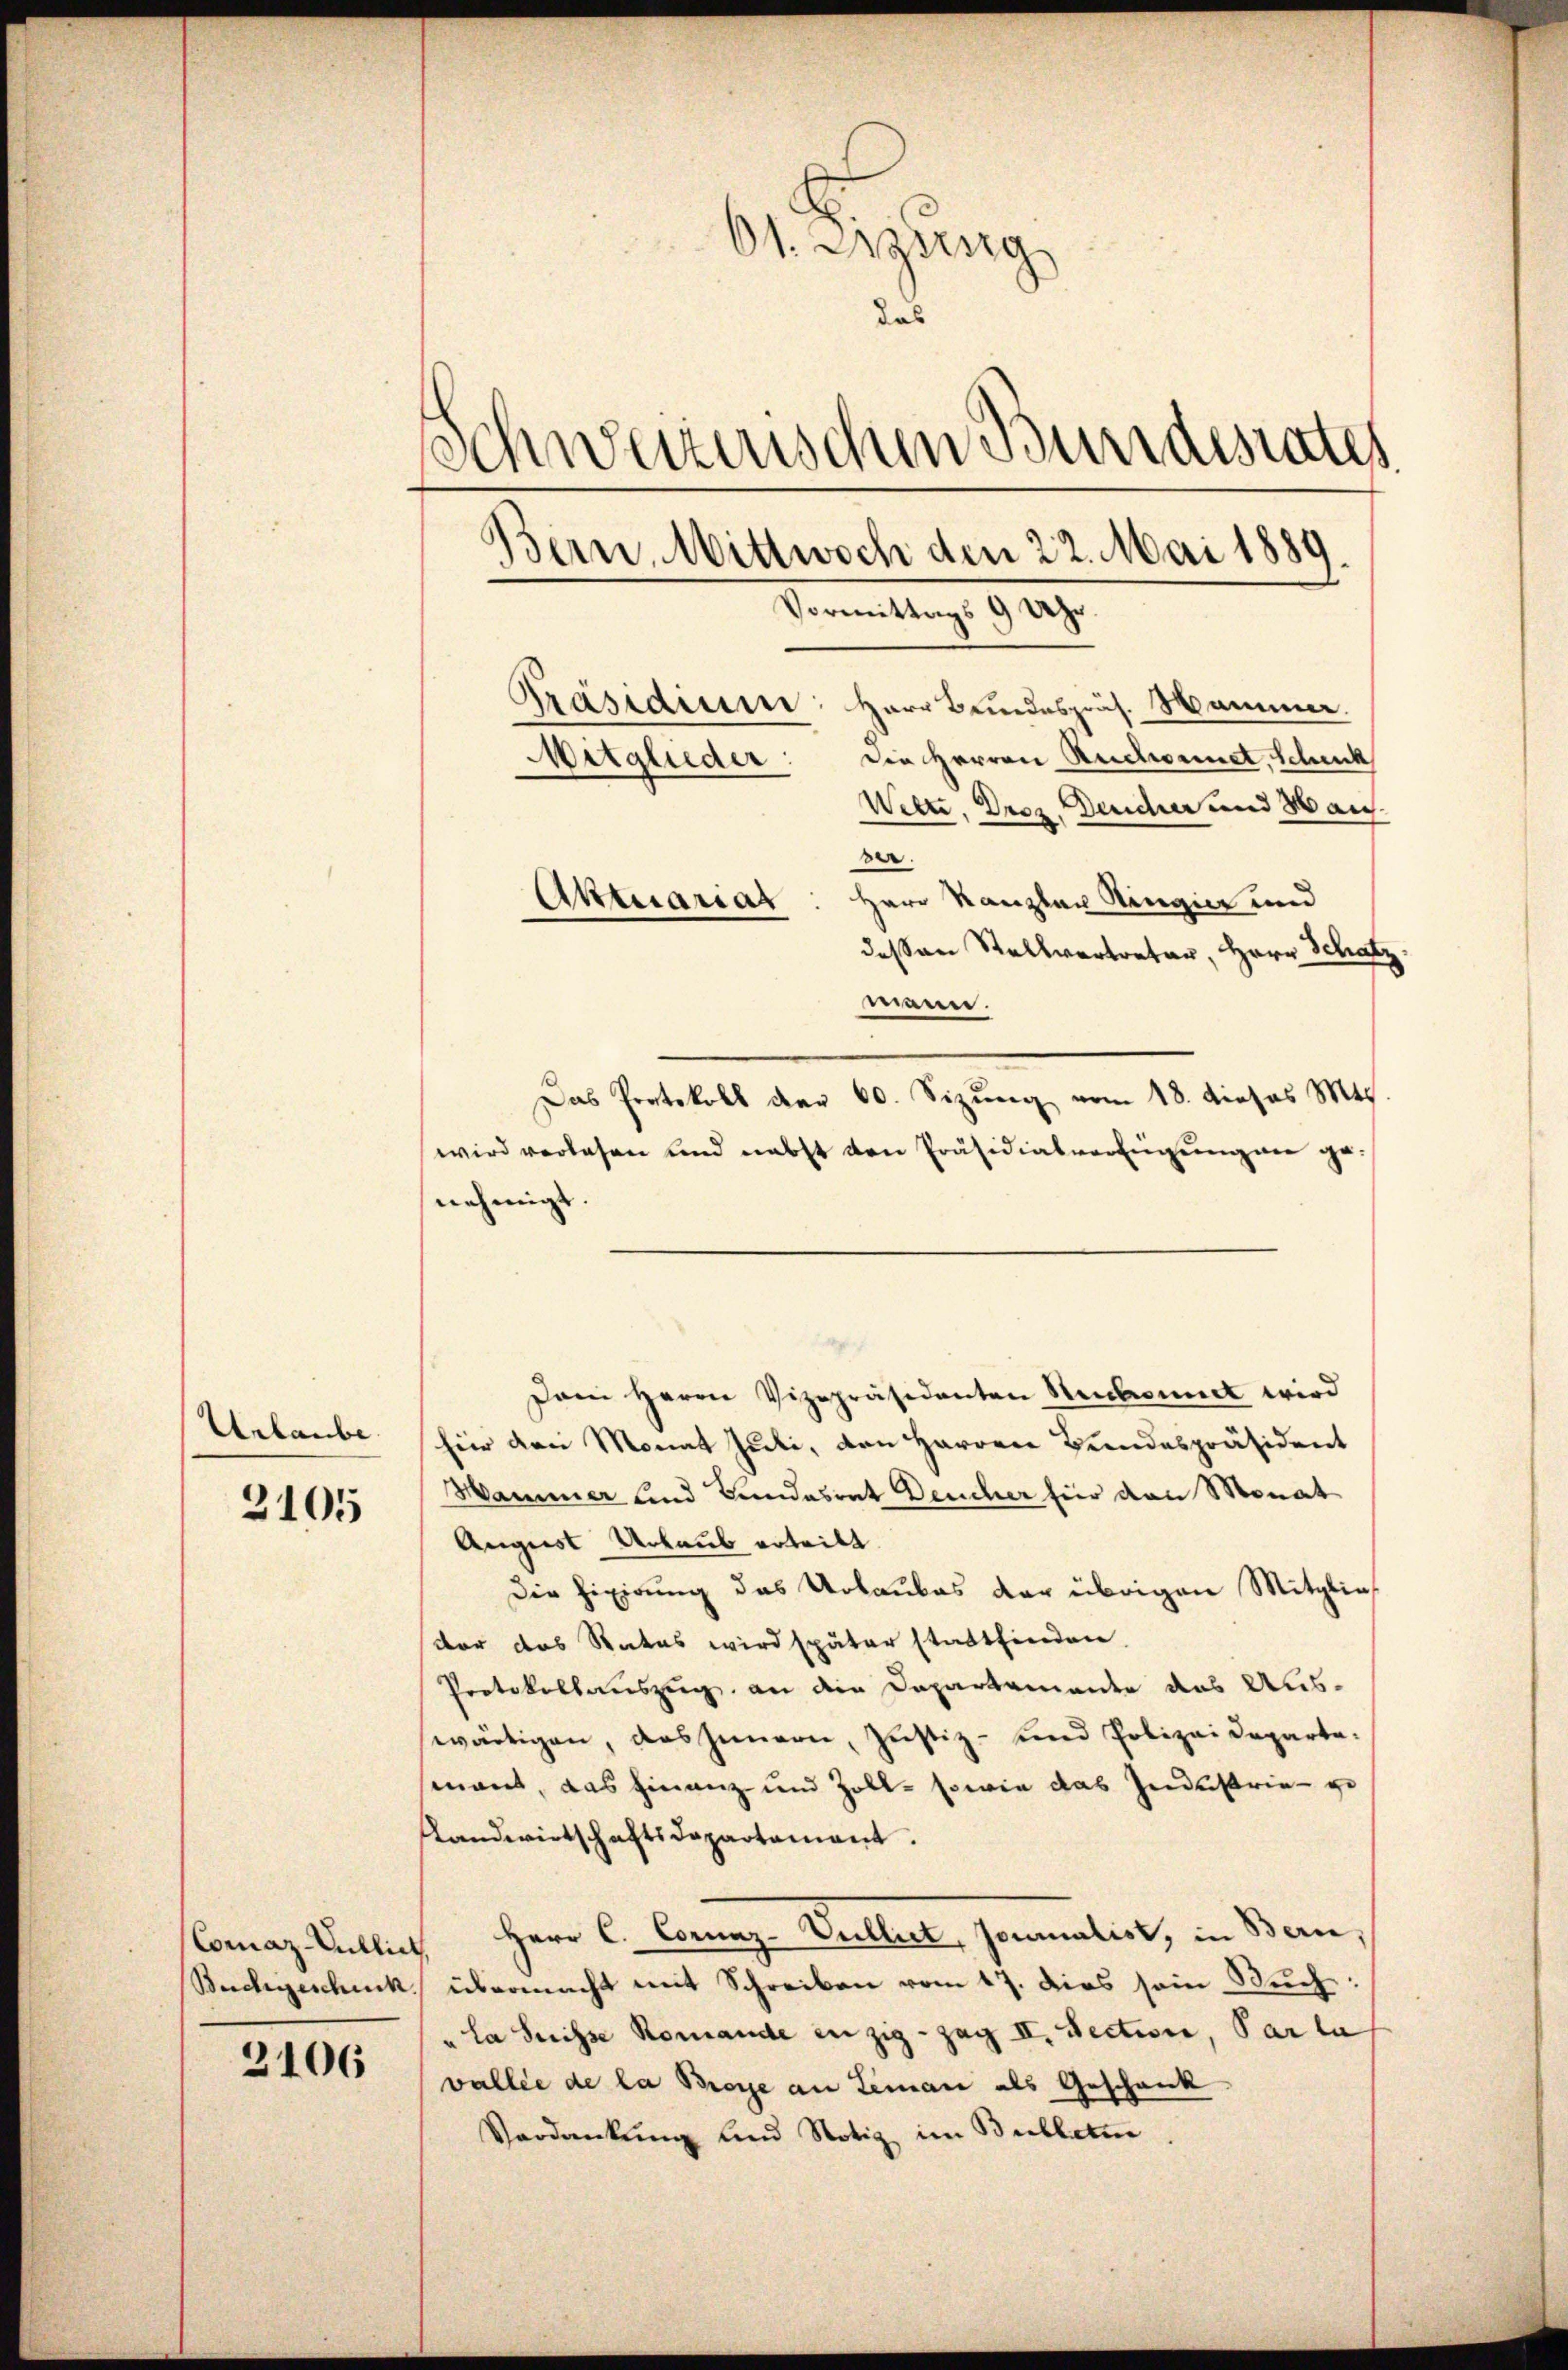
Urlaube.

2105

2106

Ot. Regung
das
Schweizerischen Bundesrates
.
Jern. Wittwoch den 22. Mai 1889.
Vormittags 9 Uhr.

Präsidium: Herr Bundespräs. Mammer.
Die Herren Ruchornet, Schenk
Wette, Droz. Dendier und aus.
ber.
Herr Kanzler Ringier und
dessen Stellvertreter, Herr Schatz
mann.
Das Protokoll der 60. Sizŭng vom 18. dieses M
wird verlesen und nebst von Präsidialvertigung an genehmigt.
Dem Herrn Vizepräsidenten Neubauet wird
hier den Monat Juli, den Herren Bundespräsident
Hammer und Bundesrat Deucher für von Monat
August Urlaub erteilt
Die Fixirung das Urlaubes der übrigen Mitglieder das Rates wird später stattfinden.
Protokollauszug an die Departemente das Auswärtigen, das Innern, Justiz- und Polizei Departasement, das Finanz- und Zoll- sowie das Industrie ge
andwirtschaftsdepartamant.
Comaz-Uetlich Herr C. Cornaz-Dullirt, Formalist, in Bern,
Buchgeschick, übermacht mit Schreiben vom 17. dies sein Buch:
"la Suisse Romande enzig - Zag II. Section, Parla,
vallee de la Boye an Leman als Geschänk
Verdankŭng und Notiz im Bulletin.

Mitglieder:

Aktuariat